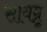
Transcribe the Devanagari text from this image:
सायम्रू